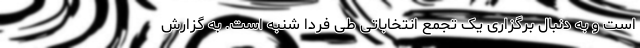
است و به دنبال برگزاری یک تجمع انتخاباتی طی فردا شنبه است. به گزارش